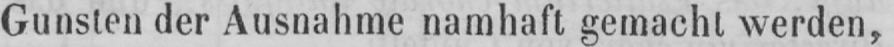
Gunsten der Ausnahme namhaft gemacht werden,